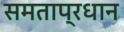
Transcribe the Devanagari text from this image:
समताप्रधान